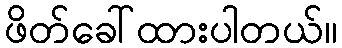
ဖိတ်ခေါ်ထားပါတယ်။